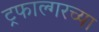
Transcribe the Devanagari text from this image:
ट्रफाल्गरच्या